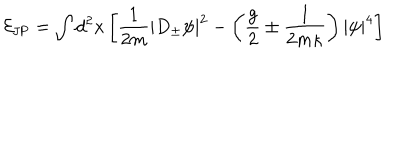
LaTeX: { \cal E } _ { \mathrm { J P } } = \int d ^ { 2 } x \left[ \frac { 1 } { 2 m } | D _ { \pm } \psi | ^ { 2 } - \left( \frac { g } { 2 } \pm \frac { 1 } { 2 m \kappa } \right) | \psi | ^ { 4 } \right]